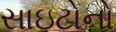
સાઇટોનો